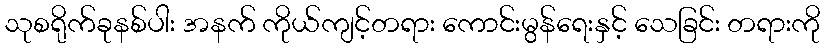
သုစရိုက်ခုနစ်ပါး အနက် ကိုယ်ကျင့်တရား ကောင်းမွန်ရေးနှင့် သေခြင်း တရားကို